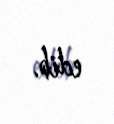
edib.